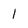
Character: l